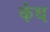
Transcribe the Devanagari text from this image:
कंथ